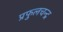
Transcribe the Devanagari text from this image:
प्रफुलचन्द्र